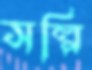
সল্পি